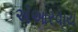
એઆરવાય